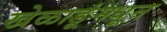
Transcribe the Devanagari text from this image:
खेळाडूंमधून